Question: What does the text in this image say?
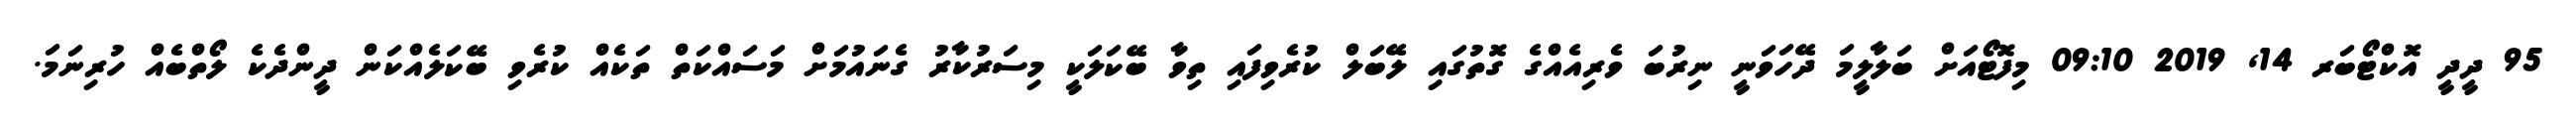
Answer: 95 ދީދީ އޮކްޓޯބަރ 14, 2019 09:10 މިފޮޓޯއަށް ބަލާލީމަ ދޭހަވަނީ ނިރުބަ ވެރިއެއްގެ ގޮތުގައި ލޭބަލް ކުރެވިފައި ތިވާ ބޭކަލަކީ މިސަރުކާރު ގެނައުމަށް މަސައްކަތް ތަކެއް ކުރެވި ބޭކަލެއްކަން ދީންދެކެ ލޯތްބެއް ހުރިނަމަ.